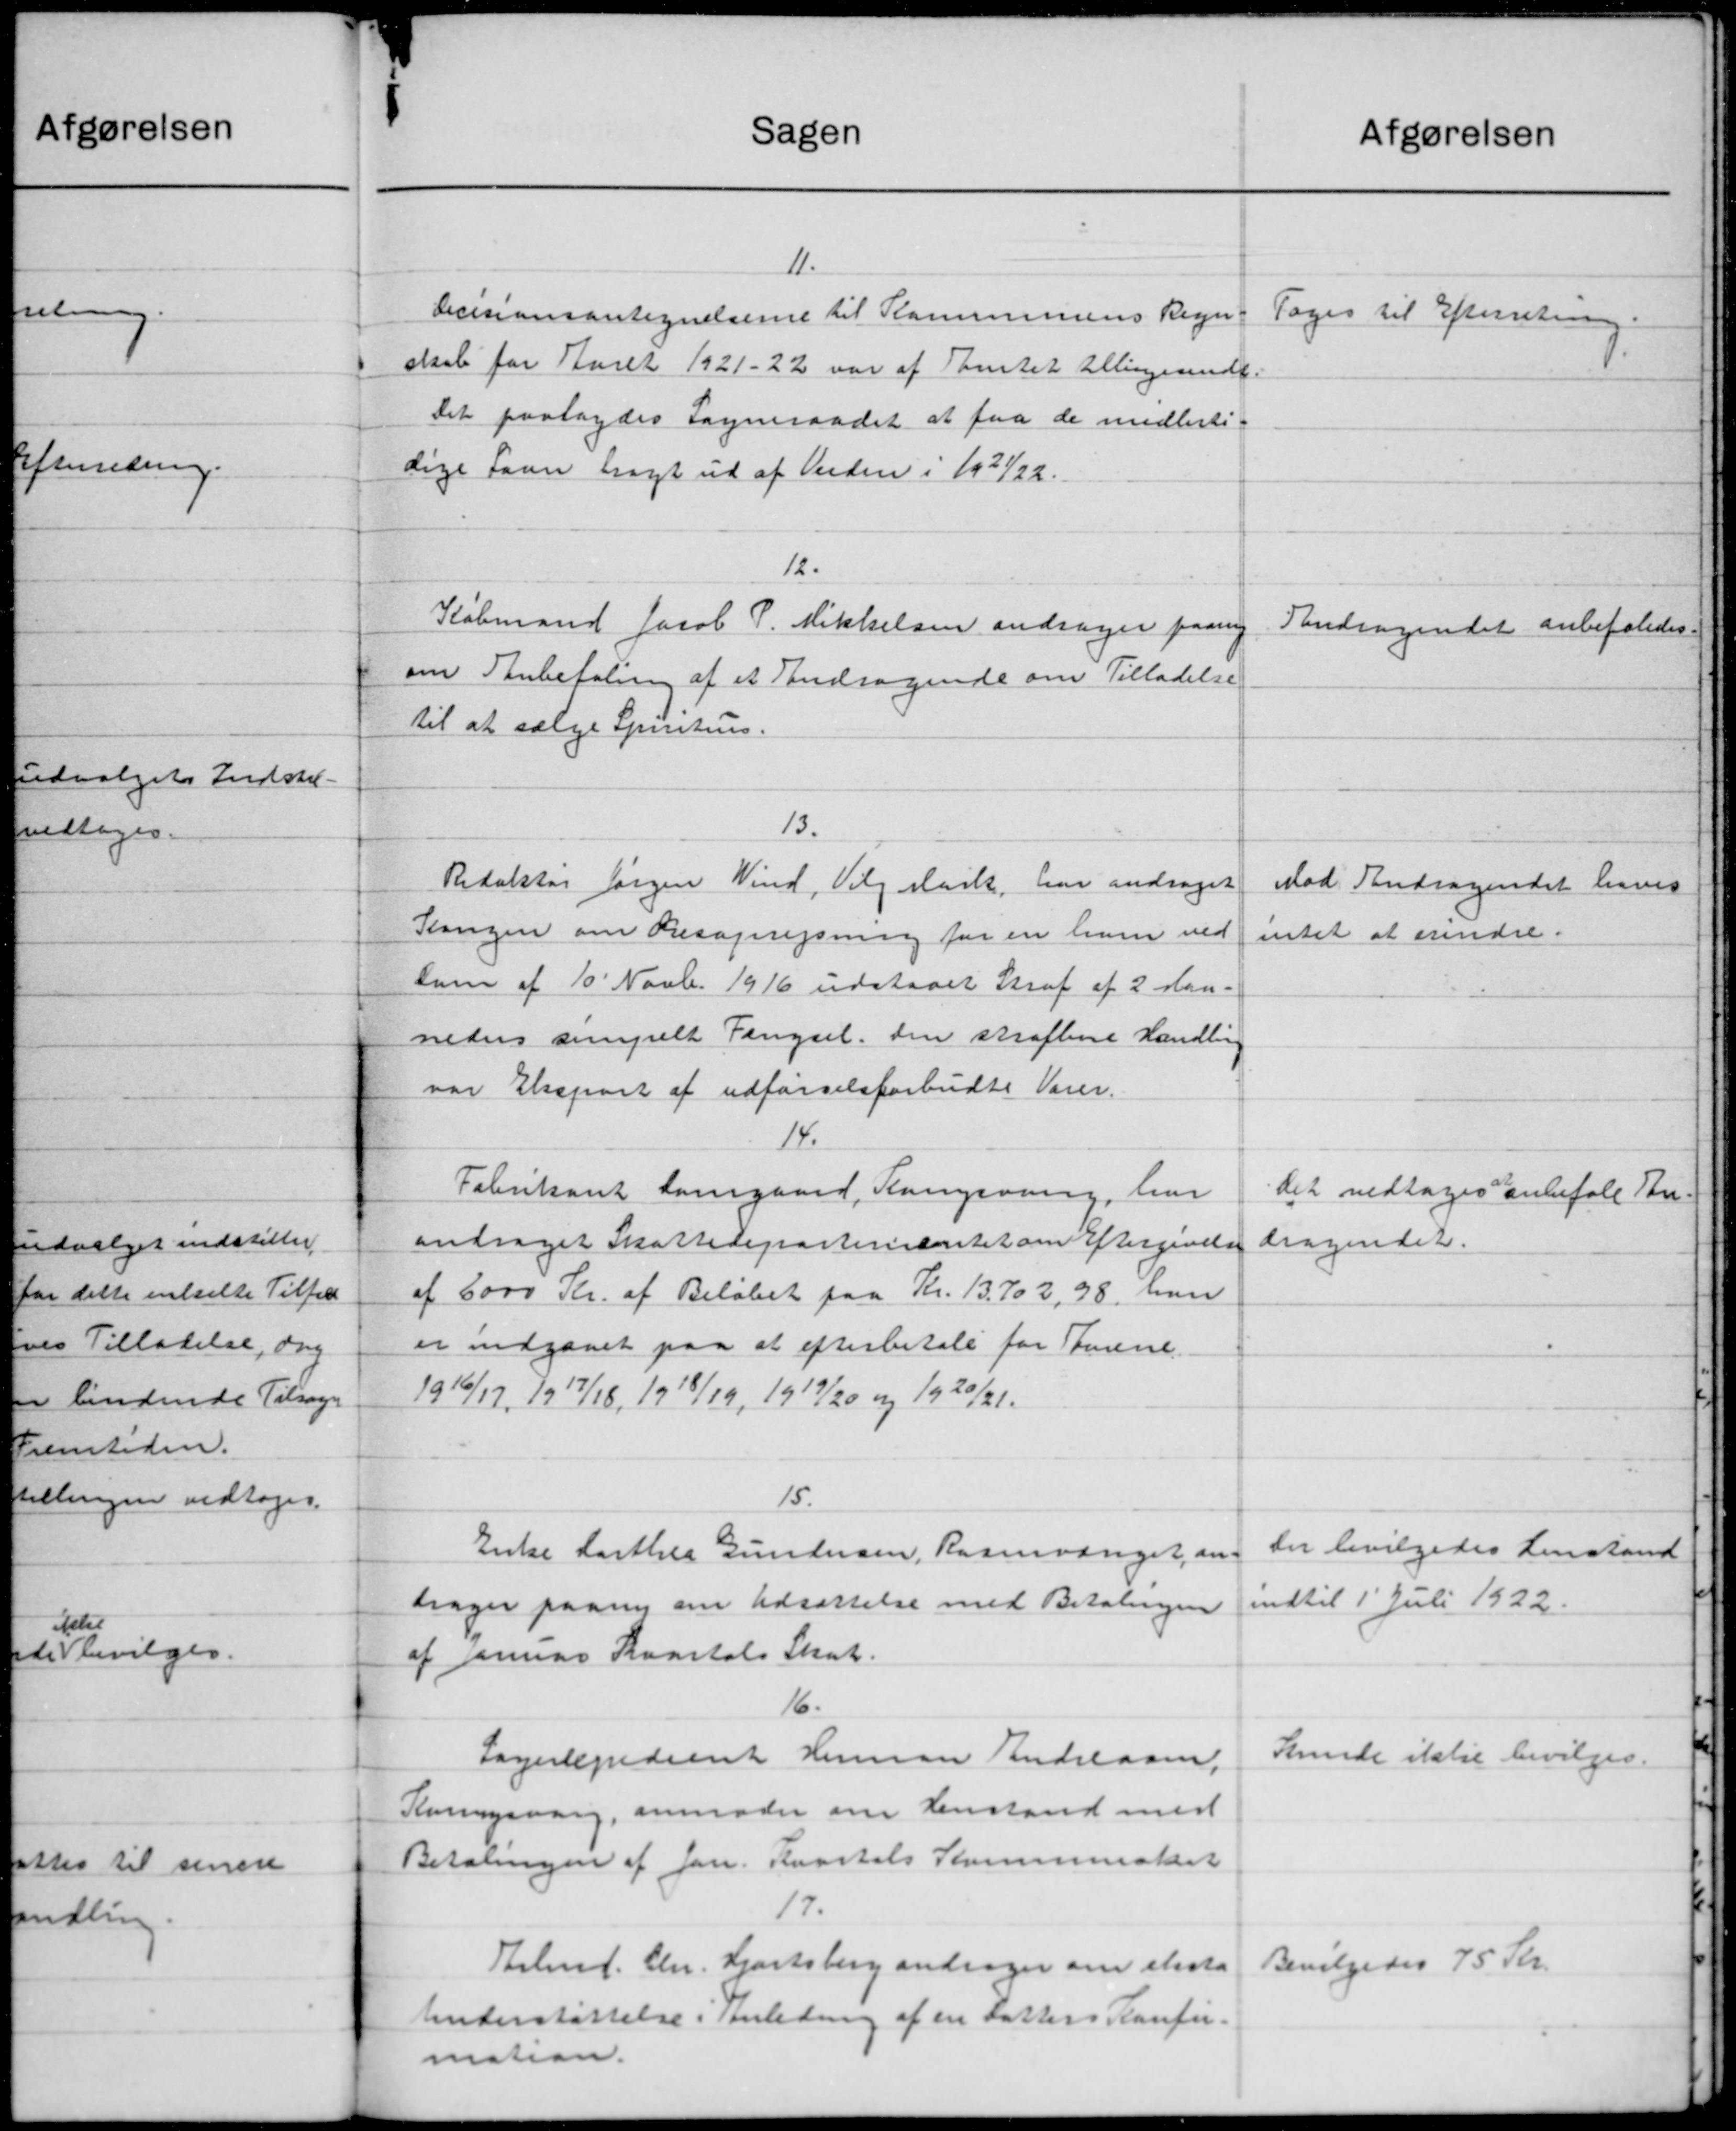
Transskription:
Sagen
11.
Decisionsantegnelserne til Kommunens Regn-
skab for Aaret 1921-22 var af amtet tillingesende.
det paalagdes Sogneraadet at faa de midlerti
dige Laan tragt ud af Verden i 1921/22.
12.
Købmand Jacob P. Mikkelsen andrager paany
om Anbefaling af et Andragende om Tilladelse
til at sælge Spiritius.
13.
Redaktør Jørgen Vind, Vilgsark, har andraget
Kongen om Resoprejsning for en ham ved
dum af 10' Novb. 1916 udstaaet Straf af 2 dan.
neders simpelt Fængsel den straftene Handling
var Elsepart af udførselsforbudte Varer.
14.
Fabrikant Lougaard, Kangsvang, har
andraget Skattedeparterientet om eftergivelse
af 6000 Kr. af Beløbet paa Kr. 13.702, 98, han
er indgaaet paa at efterbetale for Storene.
1916/17, 1917/18, 1918/19, 1919/20 og 1920/21.
15.
Enke Carthea Gundersen, Rasmusriget, an-
drager paany om Udsættelse med Betalingen
af Januar Kvartals Skat.
16.
Lagerepræsent Herman Andreasen,
Korsvang, anmoder om Henstand med
Betalingen af Jan. Kvartals Kommunalet
17.
Arbmd. Chr. Hjortsberg andrager om skata
Understøttelse i Anledning af en Datters Konfir-
mation